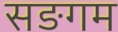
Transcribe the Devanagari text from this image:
सङगम